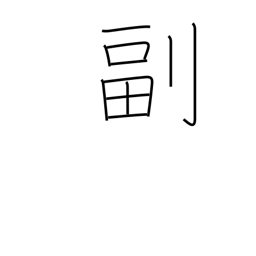
Meaning: duplicate